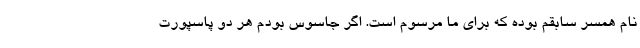
نام همسر سابقم بوده که برای ما مرسوم است. اگر جاسوس بودم هر دو پاسپورت